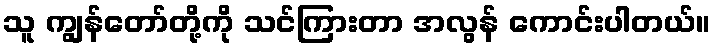
သူ ကျွန်တော်တို့ကို သင်ကြားတာ အလွန် ကောင်းပါတယ်။